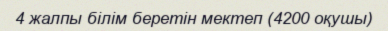
4 жалпы білім беретін мектеп (4200 оқушы)